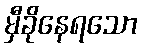
မှီခိုနေရသော